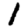
Digit: 1